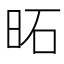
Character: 𪰒